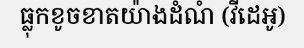
ធ្លុកខូចខាតយ៉ាងដំណំ (វីដេអូ)